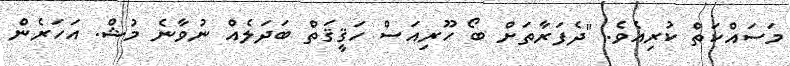
މަސައްކަތް ކުރިއެވެ. "ދެފަރާތަށް ބޯ ހޫރިއަސް ހަޤީޤަތް ބަދަލެއް ނުވާނެ މުޝް. އަހަރެން